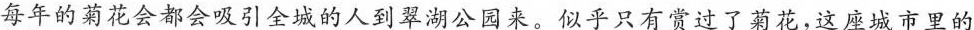
每年的菊花会都会吸引全城的人到翠湖公园来。似乎只有赏过了菊花，这座城市里的